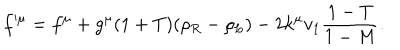
LaTeX: f ^ { \mu } = f ^ { \mu } + g ^ { \mu } ( 1 + T ) ( \rho _ { R } - \rho _ { L } ) - 2 k ^ { \mu } v _ { 1 } \frac { 1 - T } { 1 - M } .